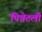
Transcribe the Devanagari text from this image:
पिन्नेटली